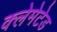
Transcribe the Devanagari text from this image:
क्लेमेटेड